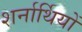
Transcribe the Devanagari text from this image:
शर्नार्थियों